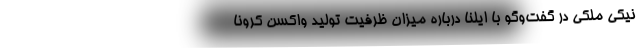
نیکی ملکی در گفت‌وگو با ایلنا درباره میزان ظرفیت تولید واکسن کرونا